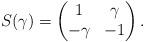
LaTeX: \begin{align*}S(\gamma) = \begin{pmatrix} 1 & \gamma \\ -\gamma & -1 \end{pmatrix}.\end{align*}